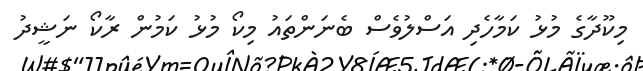
މިކޫދާގެ މުޅު ކަމާހެދި އަސްލުވެސް ބެނަންތައު މިކޯ މުޅު ކަމުން ރާކޯ ނަޝީދު